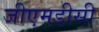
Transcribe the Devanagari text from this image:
जीएमडीसी